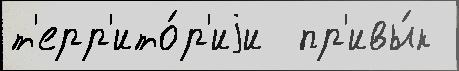
т'ерр'ито́р'иjи  пр'ивы́к